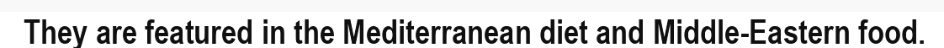
They are featured in the Mediterranean diet and Middle-Eastern food.